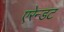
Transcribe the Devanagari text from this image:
एरेन्डट